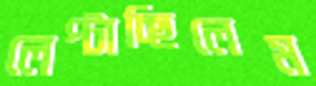
লেপ্‌টাচ্ছিলেম